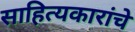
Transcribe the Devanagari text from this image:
साहित्यकारांचे